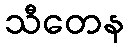
သီတေန